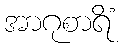
အာဂုစာရိံ